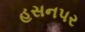
હસનપર